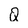
Character: Q